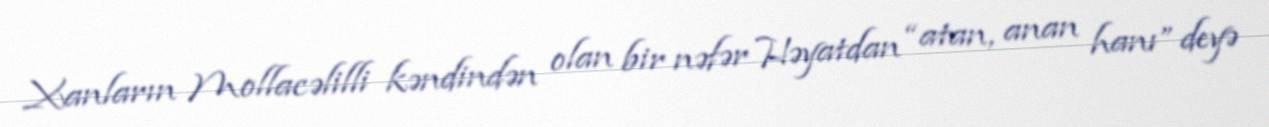
Xanların Mollacəlilli kəndindən olan bir nəfər Həyatdan “atan, anan hanı” deyə